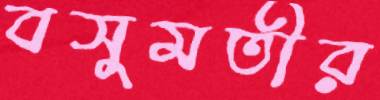
বসুমতীর